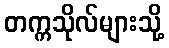
တက္ကသိုလ်များသို့